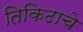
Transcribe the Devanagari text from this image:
तिकिटाचे